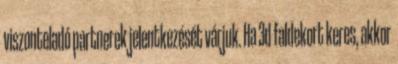
viszonteladó partnerek jelentkezését várjuk. Ha 3d faldekort keres, akkor